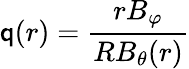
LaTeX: \mathsf{q}(r)=\frac{{rB_{\varphi}}}{{RB_{\theta}(r)}}